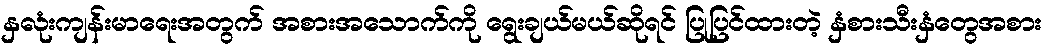
နှလုံးကျန်းမာရေးအတွက် အစားအသောက်ကို ရွေးချယ်မယ်ဆိုရင် ပြုပြင်ထားတဲ့ နှံစားသီးနှံတွေအစား